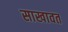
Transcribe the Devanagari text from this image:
साखावत